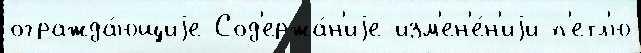
огражда́ющиjе Сод'ержа́н'иjе изм'ен'е́н'иjи п'етл'ю